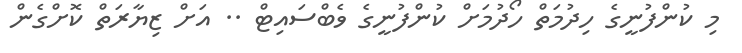
މި ކުންފުނީގެ ހިދުމަތް ހޯދުމަށް ކުންފުނީގެ ވެބްސައިޓް .. އަށް ޒިޔާރަތް ކޮށްގެން